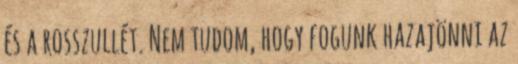
és a rosszullét. Nem tudom, hogy fogunk hazajönni az